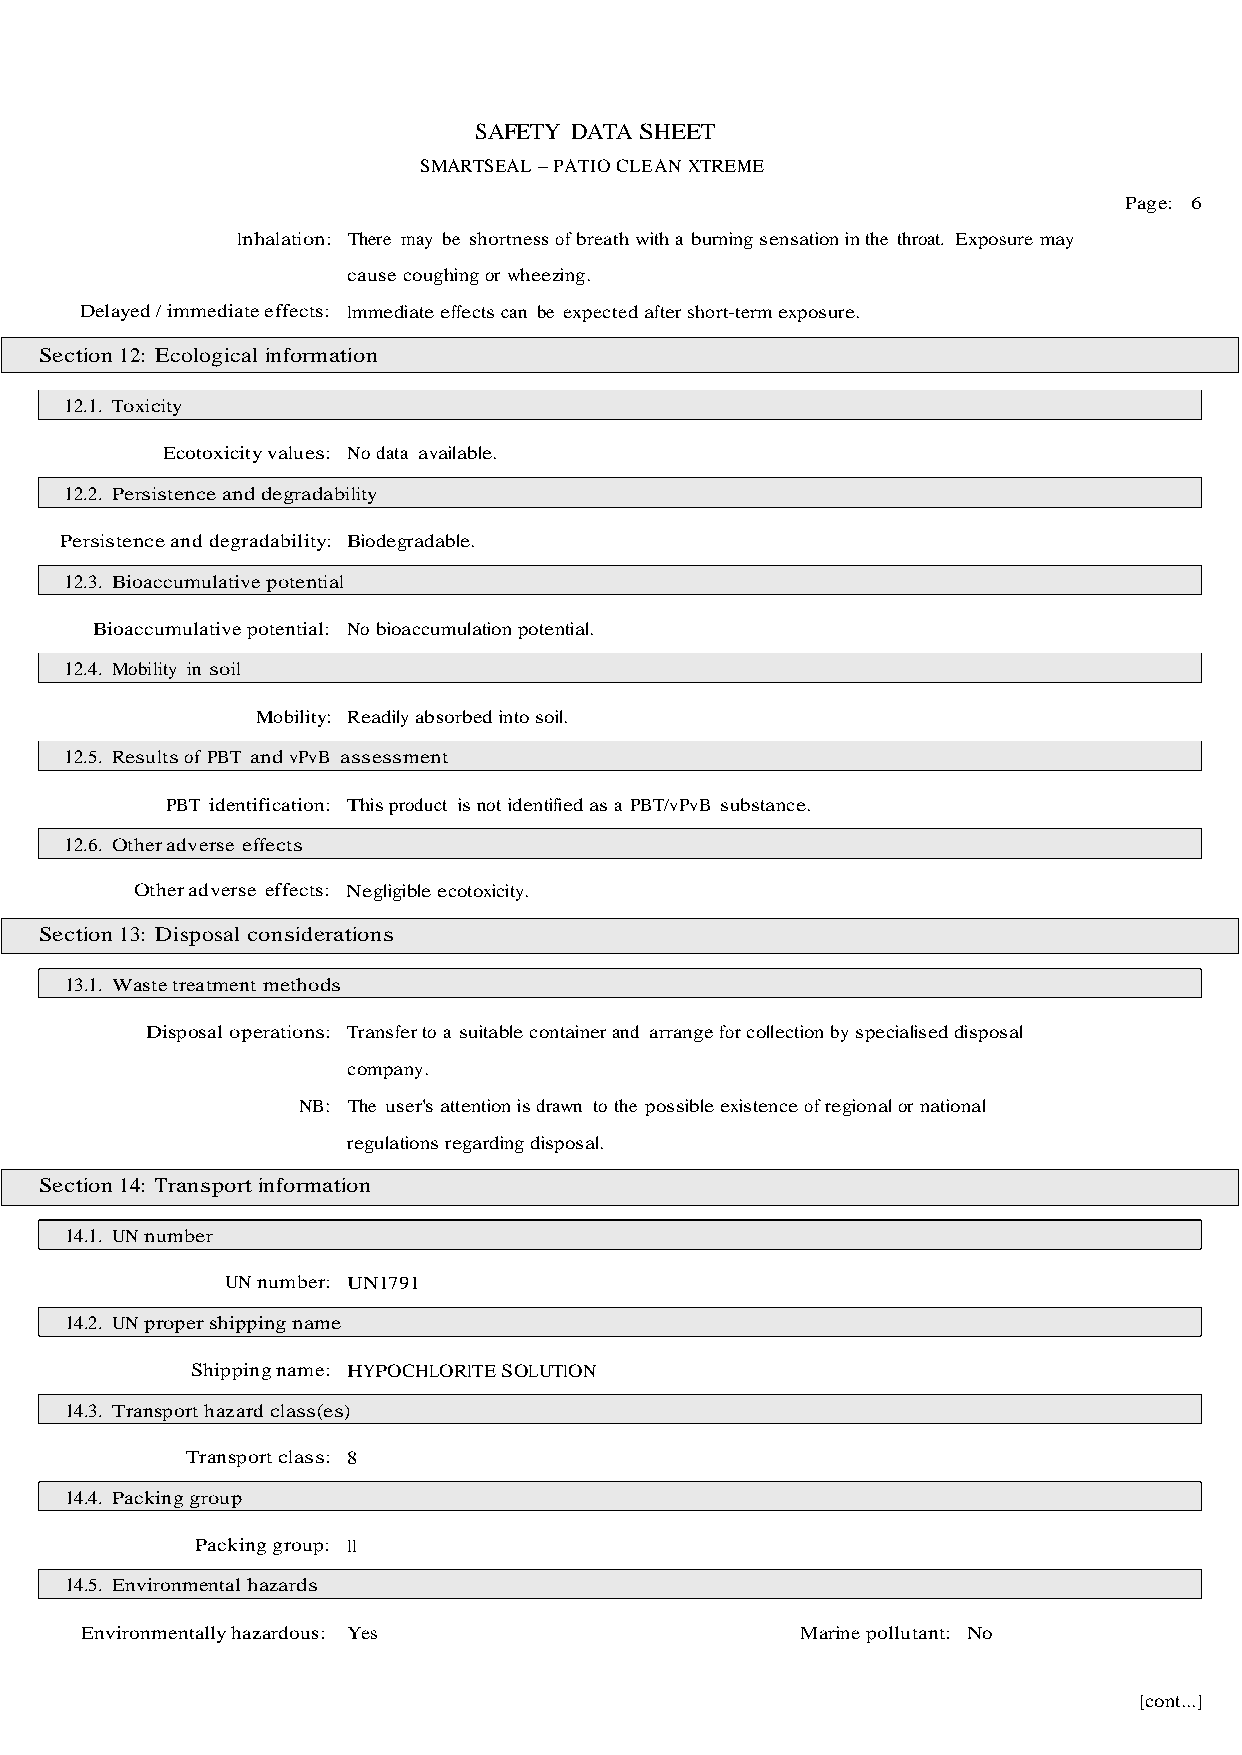
SAFETY DATA SHEET
 SMARTSEAL – PATIO CLEAN XTREME
 Page: 6
 Inhalation: There may be shortness of breath with a burning sensation in the throat. Exposure may
 cause coughing or wheezing.
 Delayed / immediate effects: Immediate effects can be expected after short-term exposure.
 Section 12: Ecological information
 12.1. Toxicity
 Ecotoxicity values: No data available.
 12.2. Persistence and degradability
 Persistence and degradability: Biodegradable.
 12.3. Bioaccumulative potential
 Bioaccumulative potential: No bioaccumulation potential.
 12.4. Mobility in soil
 Mobility: Readily absorbed into soil.
 12.5. Results of PBT and vPvB assessment
 PBT identification: This product is not identified as a PBT/vPvB substance.
 12.6. Other adverse effects
 Other adverse effects: Negligible ecotoxicity.
 Section 13: Disposal considerations
 13.1. Waste treatment methods
 Disposal operations: Transfer to a suitable container and arrange for collection by specialised disposal
 company.
 NB: The user's attention is drawn to the possible existence of regional or national
 regulations regarding disposal.
 Section 14: Transport information
 14.1. UN number
 UN number: UN1791
 14.2. UN proper shipping name
 Shipping name: HYPOCHLORITE SOLUTION
 14.3. Transport hazard class(es)
 Transport class: 8
 14.4. Packing group
 Packing group: II
 14.5. Environmental hazards
 Environmentally hazardous: Yes                  Marine pollutant: No
 [cont...]